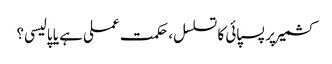
کشمیر پر پسپائی کا تسلسل، حکمت عملی ہے یا پالیسی؟